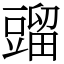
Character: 䝀